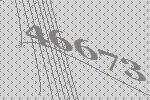
46673